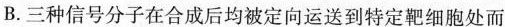
B.三种信号分子在合成后均被定向运送到特定靶细胞处而